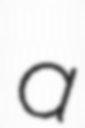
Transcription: a